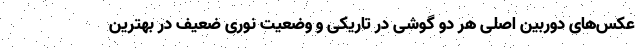
عکس‌های دوربین اصلی هر دو گوشی در تاریکی و وضعیت نوری ضعیف در بهترین